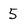
Character: 5